Vaccination report Assam 1896-1927 - 1896-1927
Year: 1896
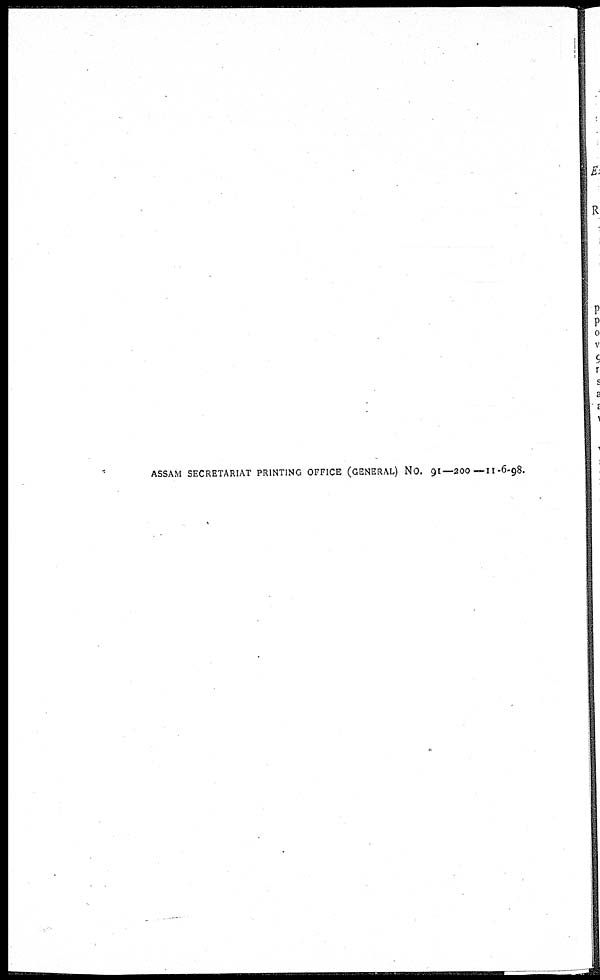
ASSAM SECRETARIAT PRINTING OFFICE (GENERAL) No. 91— 200 —11-6-98.